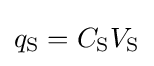
q_{\rm {S}}=C_{\rm {S}}V_{\rm {S}}